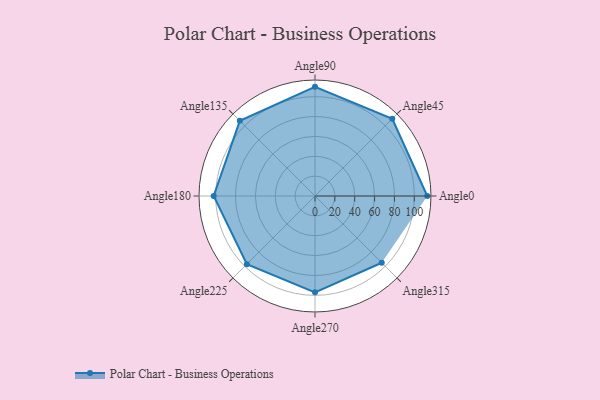
{"axis": {"x": "Angle", "y": "Radius"}, "legend": [""], "data": [{"x": "Angle0", "y": 113.0, "type": ""}, {"x": "Angle45", "y": 110.0, "type": ""}, {"x": "Angle90", "y": 110.0, "type": ""}, {"x": "Angle135", "y": 107.0, "type": ""}, {"x": "Angle180", "y": 102.0, "type": ""}, {"x": "Angle225", "y": 97.0, "type": ""}, {"x": "Angle270", "y": 97.0, "type": ""}, {"x": "Angle315", "y": 95.0, "type": ""}]}